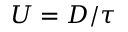
U = D / \tau